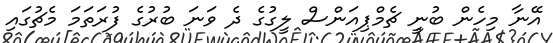
އޭނާ މިހެން ބުނީ ޗެމްޕިއަންސް ލީގުގެ ދެ ވަނަ ބުރުގެ ފުރަތަމަ މެޗުގައި